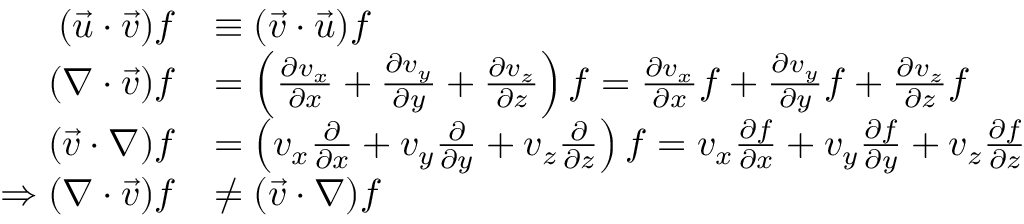
{ \begin{array} { r l } { ( { \vec { u } } \cdot { \vec { v } } ) f } & { \equiv ( { \vec { v } } \cdot { \vec { u } } ) f } \\ { ( \nabla \cdot { \vec { v } } ) f } & { = \left( { \frac { \partial v _ { x } } { \partial x } } + { \frac { \partial v _ { y } } { \partial y } } + { \frac { \partial v _ { z } } { \partial z } } \right) f = { \frac { \partial v _ { x } } { \partial x } } f + { \frac { \partial v _ { y } } { \partial y } } f + { \frac { \partial v _ { z } } { \partial z } } f } \\ { ( { \vec { v } } \cdot \nabla ) f } & { = \left( v _ { x } { \frac { \partial } { \partial x } } + v _ { y } { \frac { \partial } { \partial y } } + v _ { z } { \frac { \partial } { \partial z } } \right) f = v _ { x } { \frac { \partial f } { \partial x } } + v _ { y } { \frac { \partial f } { \partial y } } + v _ { z } { \frac { \partial f } { \partial z } } } \\ { \Rightarrow ( \nabla \cdot { \vec { v } } ) f } & { \neq ( { \vec { v } } \cdot \nabla ) f } \end{array} }